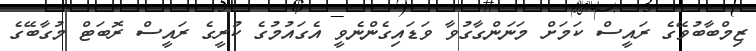
ޒިމްބާބުވޭގެ ރައީސް ކަމަށް މަނަންގާގުވާ ވަޑައިގެންނެވީ އެގައުމުގެ ކުރީގެ ރައީސް ރޮބަޓް މުގާބޭގެ